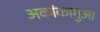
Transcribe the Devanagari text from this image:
अकांकागुआ